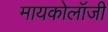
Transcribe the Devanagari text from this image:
मायकोलॉजी